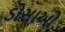
ડોસાઓ